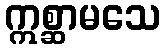
ဣစ္ဆာမသေ